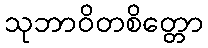
သုဘာဝိတစိတ္တော